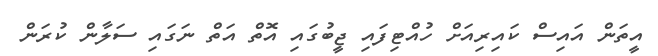
އީތަން އައިސް ކައިރިއަށް ހުއްޓިފައި ޖީބުގައި އޮތް އަތް ނަގައި ސަލާން ކުރަން